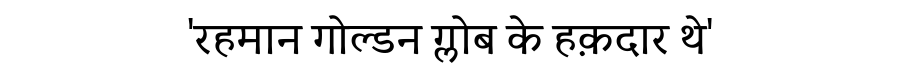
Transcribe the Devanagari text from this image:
'रहमान गोल्डन ग्लोब के हक़दार थे'